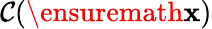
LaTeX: \mathcal C(\ensuremath{\mathbf{x}})